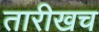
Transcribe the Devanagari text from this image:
तारीखच